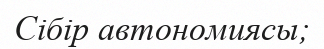
Сібір автономиясы;